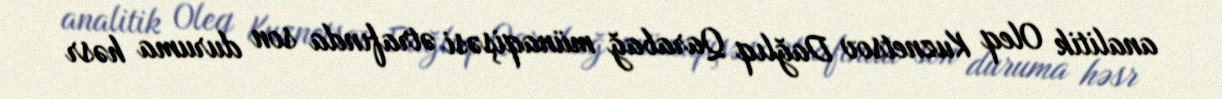
analitik Oleq Kuznetsov Dağlıq Qarabağ münaqişəsi ətrafında son duruma həsr